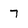
Character: 7